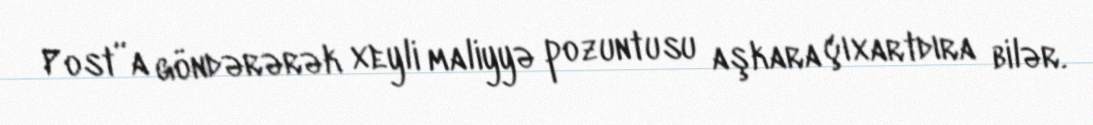
Post”a göndərərək xeyli maliyyə pozuntusu aşkara çıxartdıra bilər.